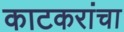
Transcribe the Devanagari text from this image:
काटकरांचा